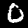
Label: 0